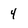
Character: 4